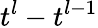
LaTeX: t^{l}-t^{l-1}